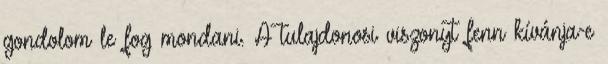
gondolom le fog mondani. A tulajdonosi viszonyt fenn kívánja-e